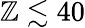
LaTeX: \mathbb{Z}\lesssim40